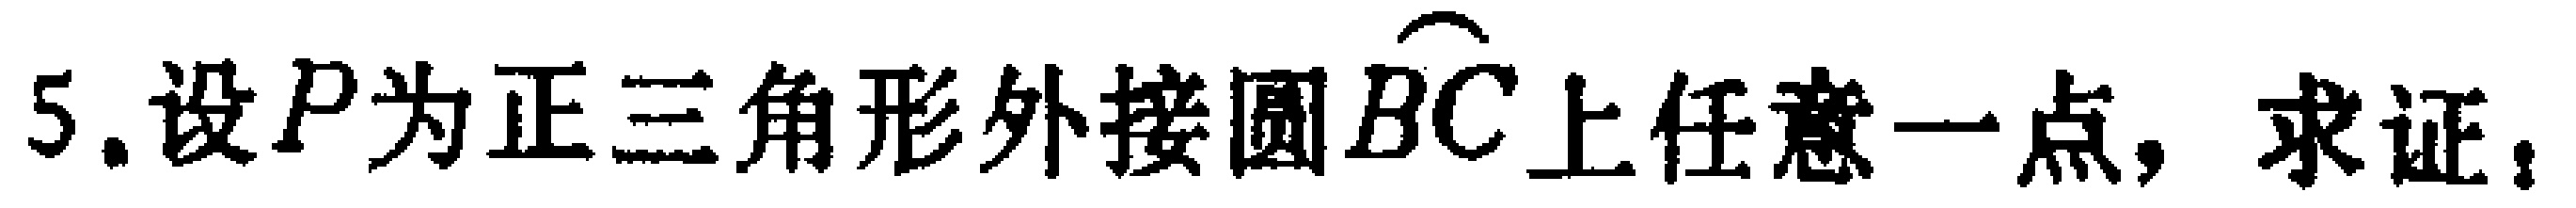
5.设\(P\)为正三角形外接圆\(\overset{\frown}{BC}\)上任意一点，求证：